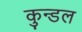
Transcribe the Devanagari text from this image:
कुन्डल